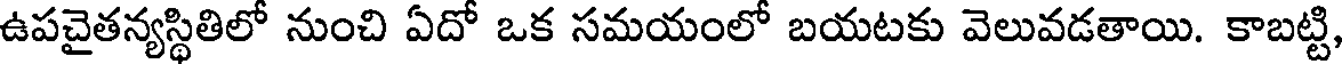
ఉపచైతన్యస్థితిలో నుంచి ఏదో ఒక సమయంలో బయటకు వెలువడతాయి. కాబట్టి